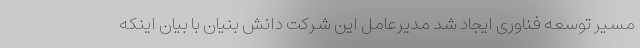
مسیر توسعه فناوری ایجاد شد مدیرعامل این شرکت دانش بنیان با بیان اینکه